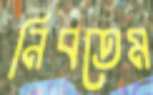
নিবতেম